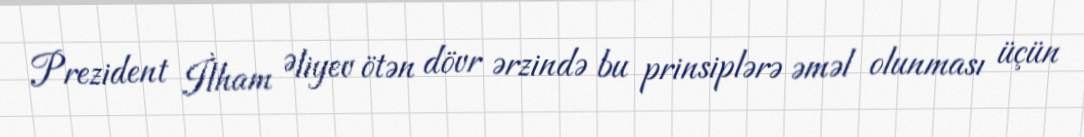
Prezident İlham Əliyev ötən dövr ərzində bu prinsiplərə əməl olunması üçün